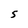
Character: S